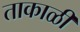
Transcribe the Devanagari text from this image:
ताकाळी